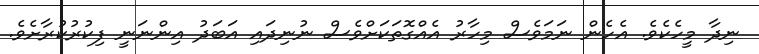
ނިދާ މީހެކެވެ. އެހެން ނަމަވެސް މިހާރު އެއްގޮތަކަށްވެސް ނުނިދައި އަބަދު އިންނަނީ ފިކުރުކުރާށެވެ.